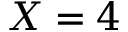
X = 4